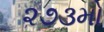
૨૭૩મો